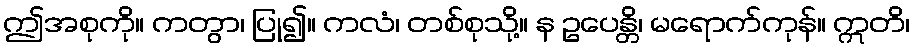
ဤအစုကို။ ကတွာ၊ ပြု၍။ ကလံ၊ တစ်စုသို့။ န ဥပေန္တိ၊ မရောက်ကုန်။ ဣတိ၊